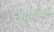
યવનોના